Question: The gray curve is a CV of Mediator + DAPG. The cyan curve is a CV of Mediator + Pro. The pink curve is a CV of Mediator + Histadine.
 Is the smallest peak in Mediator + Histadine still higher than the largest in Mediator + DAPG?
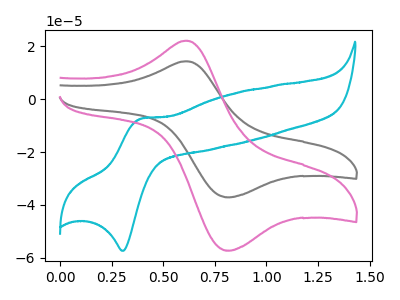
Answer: <think>The gray curve "Mediator + DAPG" has an anodic peak at (0.60V, 14.35uA) and a cathodic peak at (0.85V, -37.10uA). The cyan curve "Mediator + Pro" has an anodic peak at (0.40V, -7.40uA) and a cathodic peak at (0.30V, -57.35uA). The pink curve "Mediator + Histadine" has an anodic peak at (0.60V, 22.10uA) and a cathodic peak at (0.85V, -57.25uA).</think>
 <answer>Every peak in "Mediator + Histadine" is higher than every peak in "Mediator + DAPG".</answer>
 <eval>higher</eval>